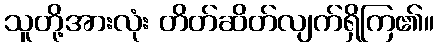
သူတို့အားလုံး တိတ်ဆိတ်လျက်ရှိကြ၏။